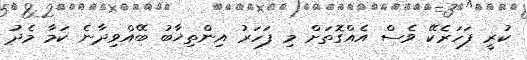
ކުރީ ފަހަރެކޭ ވެސް އެއްގޮތަށް މި ފަހަރު އިންތިޚާބު ބޭއްވިދާނެ ކަމާ މެދު